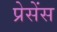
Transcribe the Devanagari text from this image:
प्रेसेंस